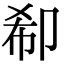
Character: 𠨚